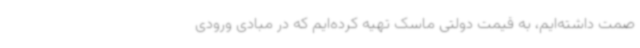
صمت داشته‌ایم، به قیمت دولتی ماسک تهیه کرده‌ایم که در مبادی ورودی